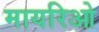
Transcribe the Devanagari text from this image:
मायरिओ